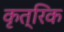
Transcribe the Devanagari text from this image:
कृत्रिक